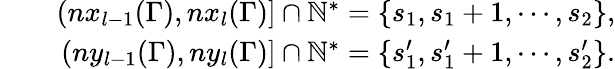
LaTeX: \begin{array}{rlr}&{}&{(nx_{l-1}(\Gamma),nx_{l}(\Gamma)]\cap\mathbb{N}^{*}=\{ s_{1},s_{1}+1,\cdots,s_{2}\} ,}\\ &{}&{(ny_{l-1}(\Gamma),ny_{l}(\Gamma)]\cap\mathbb{N}^{*}=\{ s_{1}^{\prime},s_{1}^{\prime}+1,\cdots,s_{2}^{\prime}\} .}\end{array}